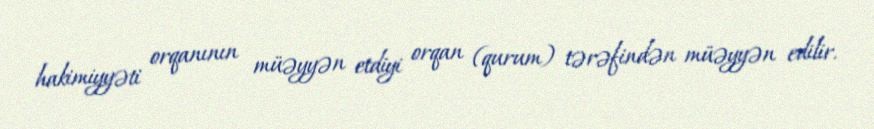
hakimiyyəti orqanının müəyyən etdiyi orqan (qurum) tərəfindən müəyyən edilir.